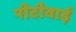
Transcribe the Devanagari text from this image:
पीटीवाई